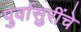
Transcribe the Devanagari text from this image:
पुर्वासुरींचे